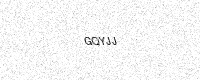
Text: GQYJJ